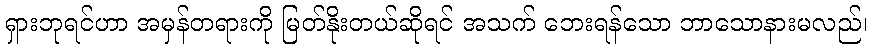
ရှားဘုရင်ဟာ အမှန်တရားကို မြတ်နိုးတယ်ဆိုရင် အသက် ဘေးရန်သော ဘာသောနားမလည်၊